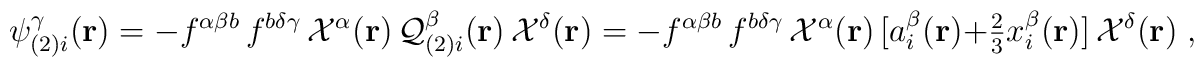
\psi^{\gamma}_{(2)i}({\bf{r}})=-f^{\alpha\beta b}\,f^{b\delta\gamma}\,{\cal{X}}^\alpha({\bf{r}})\,{\cal{Q}}_{(2)i}^{\beta}({\bf{r}})\,{\cal{X}}^\delta({\bf{r}})=-f^{\alpha\beta b}\,f^{b\delta\gamma}\,{\cal{X}}^\alpha({\bf{r}})\,[a_i^\beta ({\bf{r}})+{\textstyle\frac{2}{3}}x_i^\beta({\bf{r}})]\,{\cal{X}}^\delta({\bf{r}})\;,